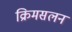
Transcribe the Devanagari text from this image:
क्रिमसलन